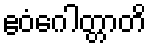
ဧဝံဂေါတ္တာတိ